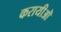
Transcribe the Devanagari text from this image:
करायीऒ